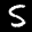
Label: 5